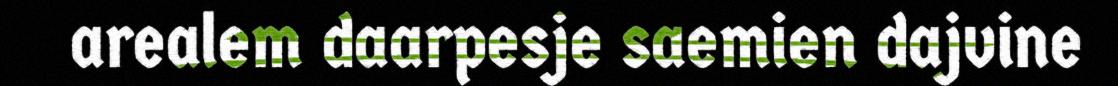
arealem daarpesje saemien dajvine